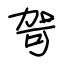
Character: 哿